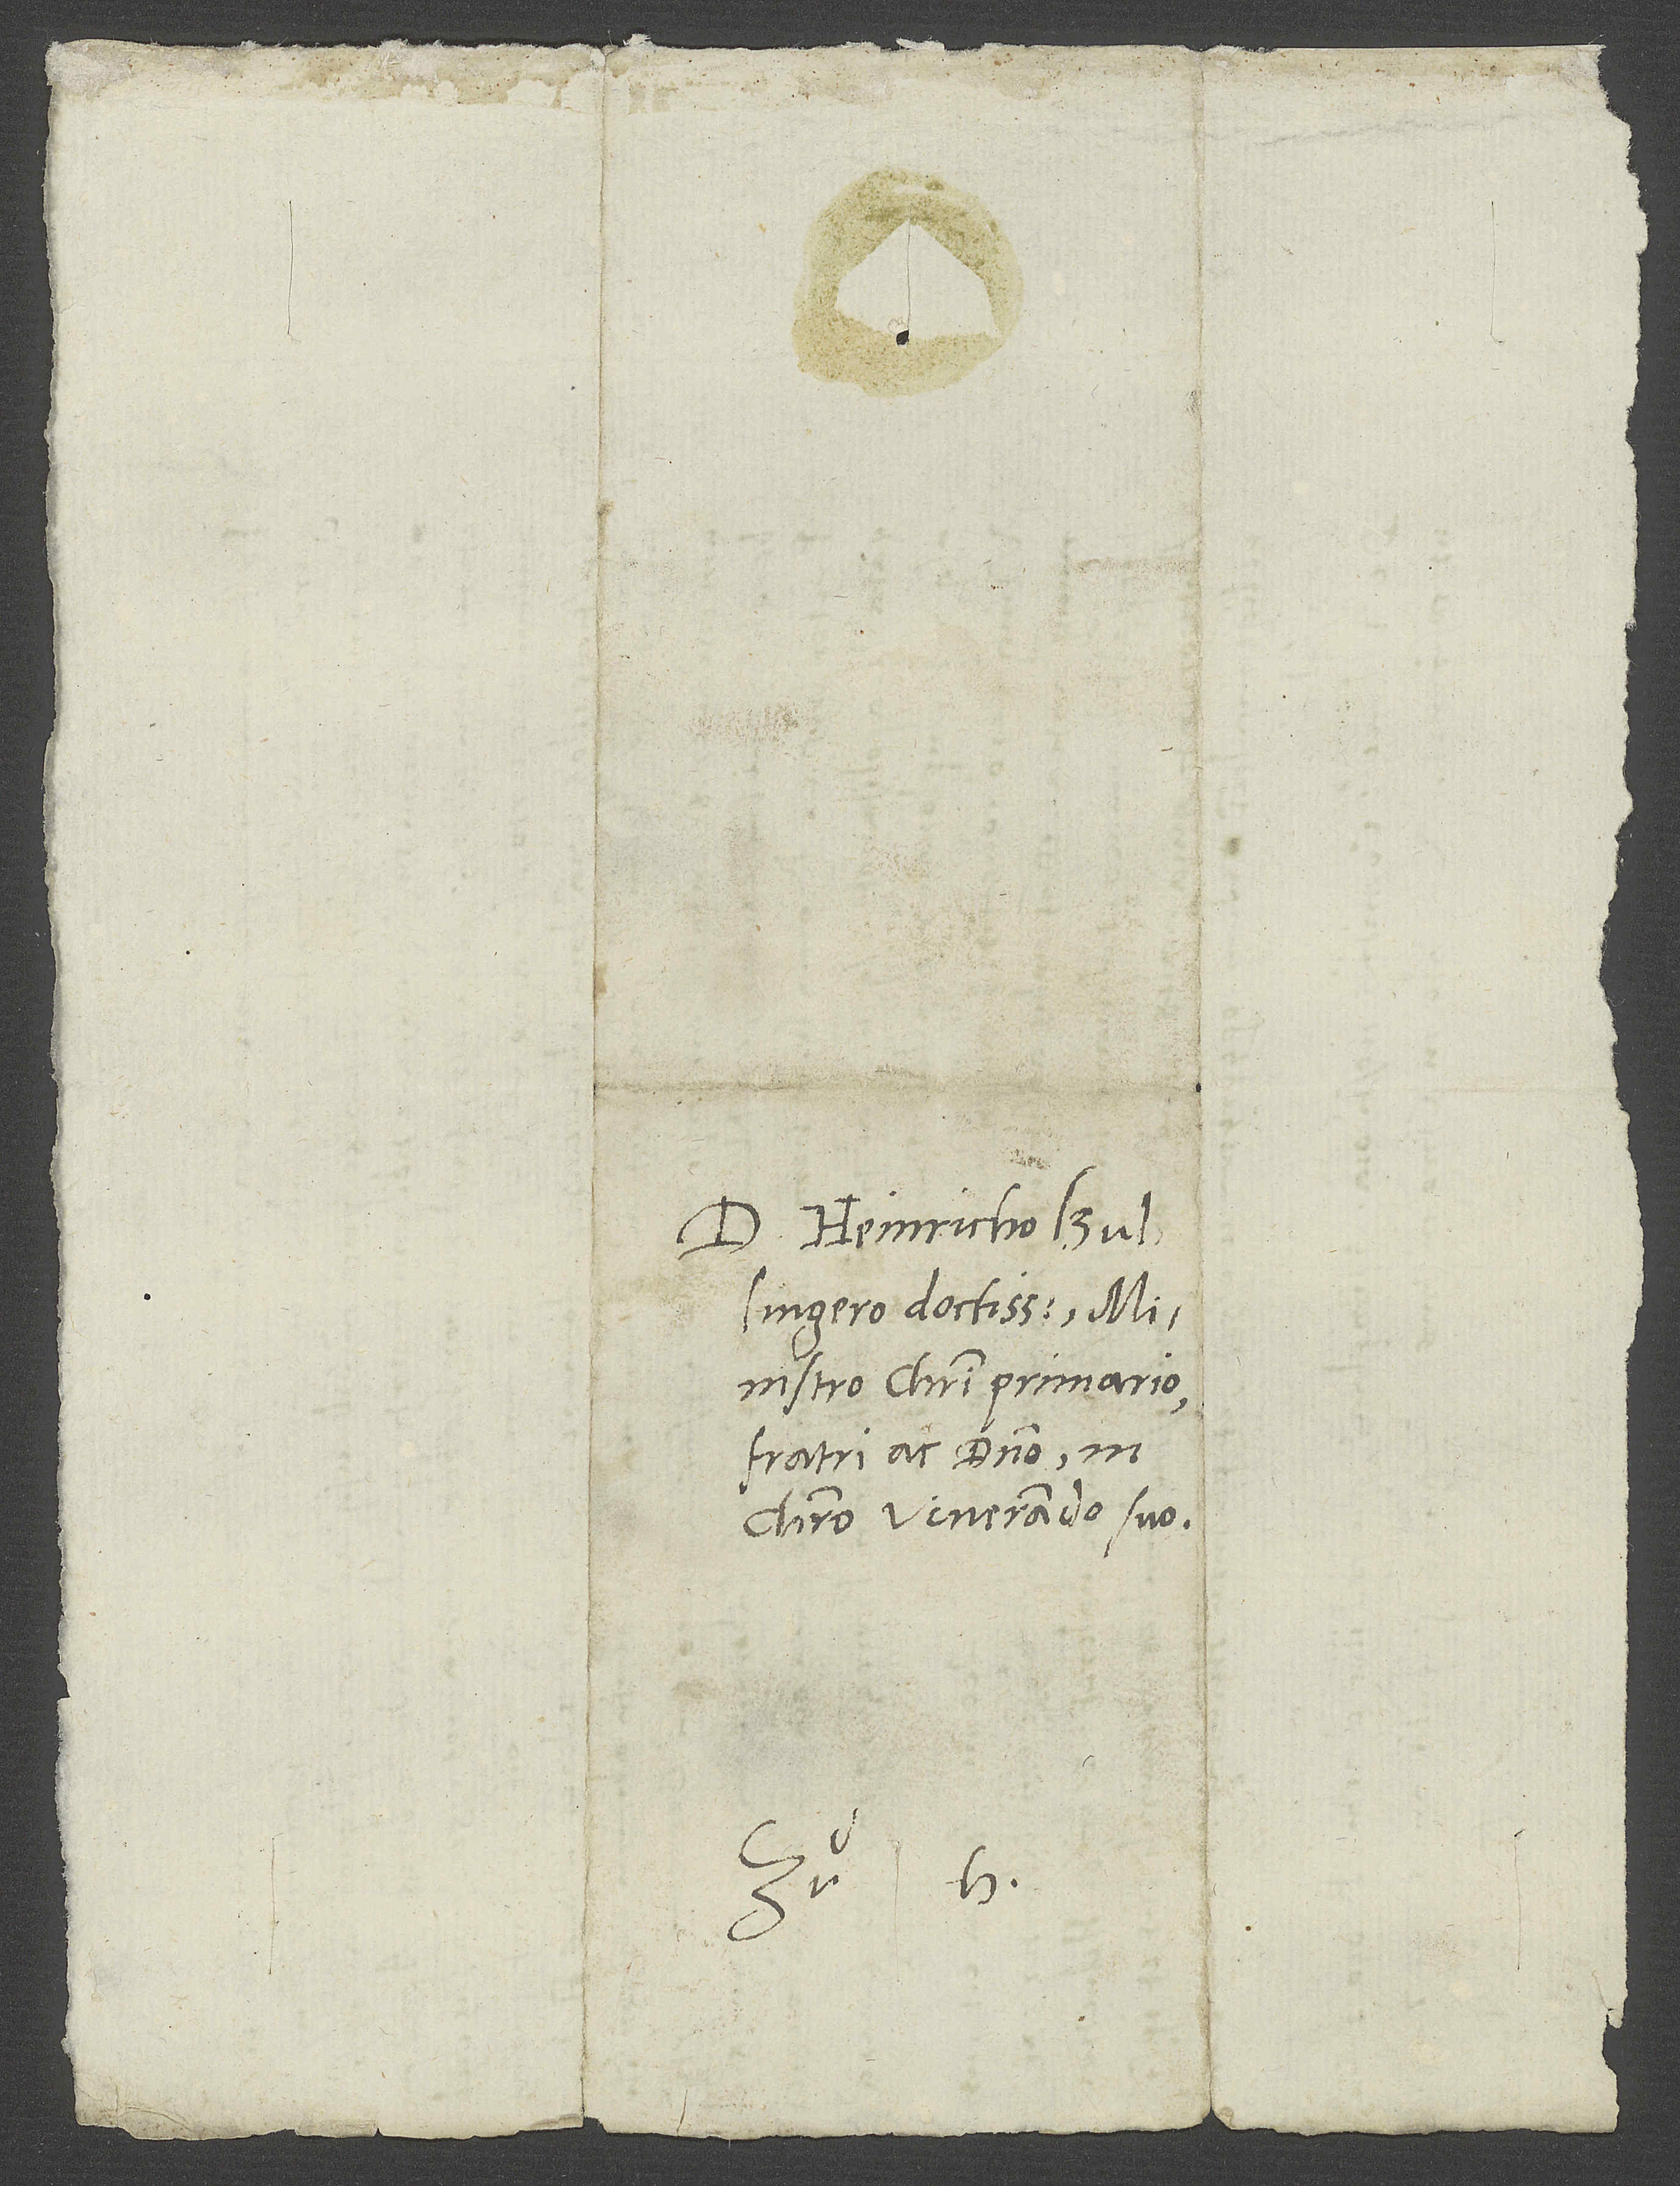
D. Heinricho Bullingero
ministro Christi primario,
fratri ac domino in
Christo venerando suo.
S.